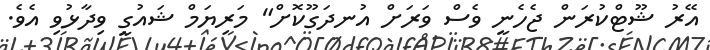
އޭރު ޝޫޓްކުރަން ޖެހެނީ ވެސް ވަރަށް އުނދަގޫކޮށް" މަރިޔަމް ޝައުގީ ވިދާޅުވި އެވެ.